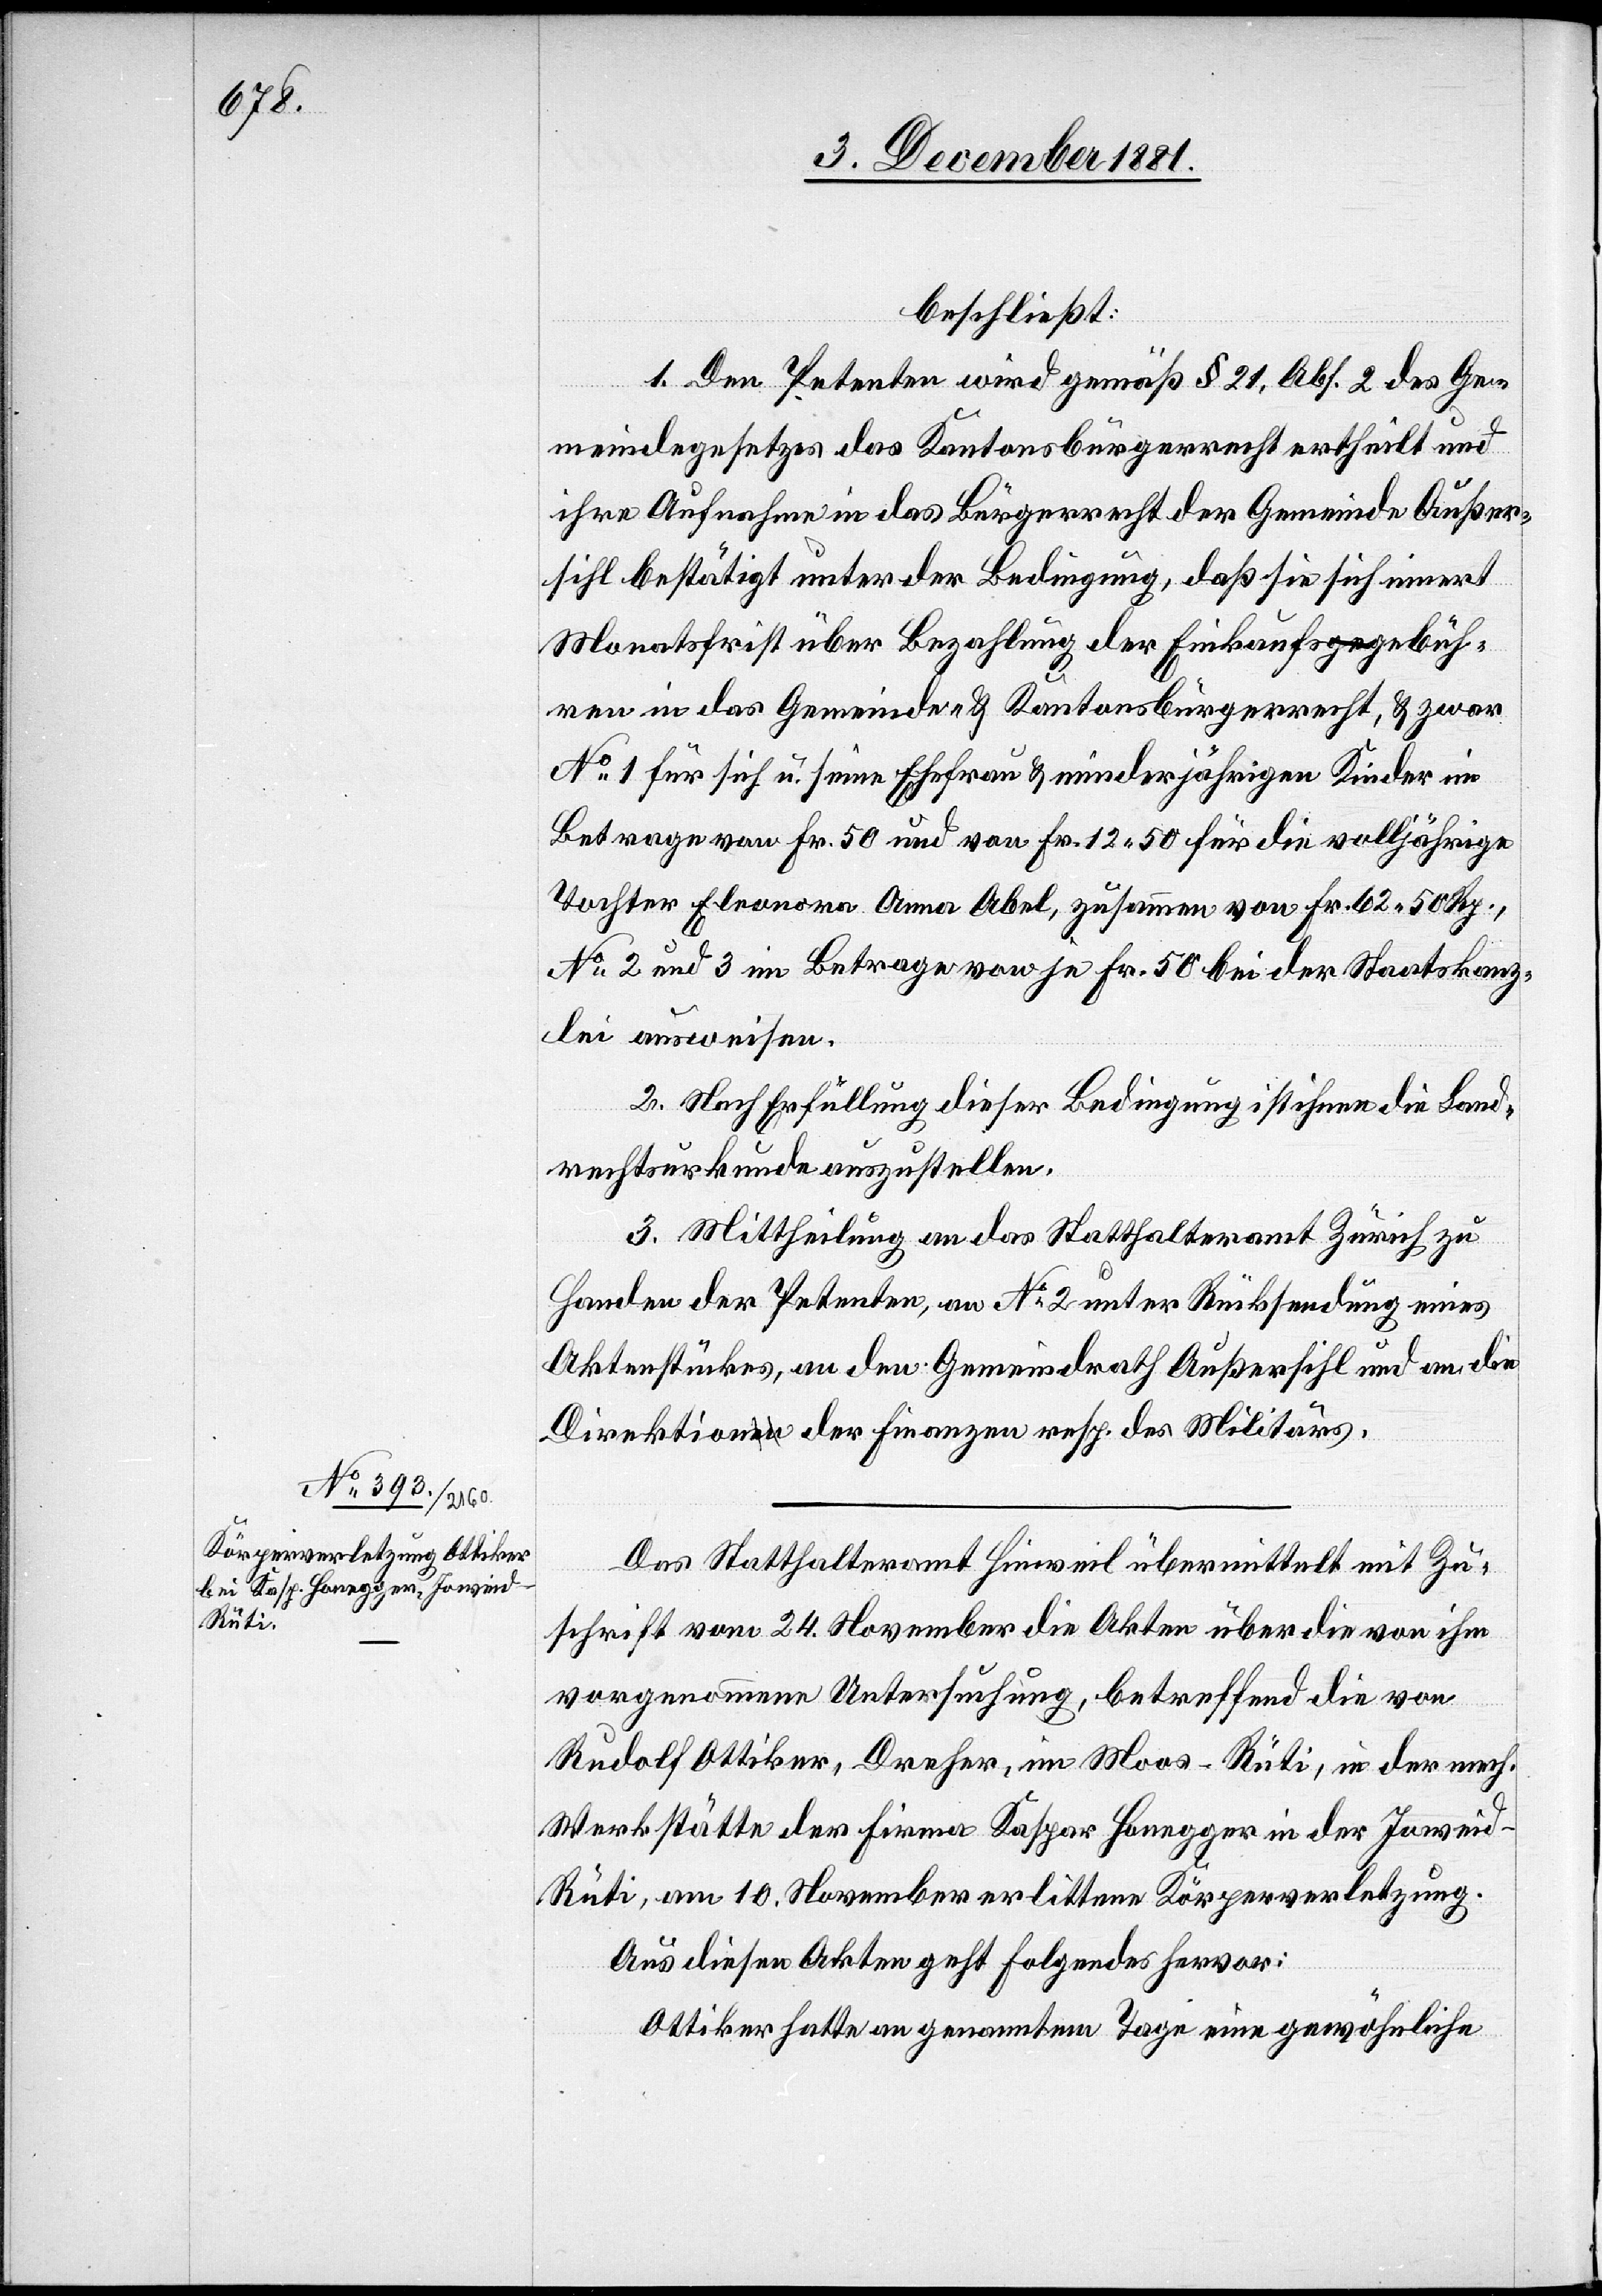
beschließt:
I. Den Petenten wird gemäß § 21, Abs. 2 des Ge¬
meindegesetzes das Kantonsbürgerrecht ertheilt und
ihre Aufnahme in das Bürgerrecht der Gemeinde Außer¬
sihl bestätigt unter der Bedingung, daß sie sich innert
Monatsfrist über Bezahlung der Einkaufsgebüh¬
ren in das Gemeinde- & Kantonsbürgerrecht, & zwar
No 1 für sich u. seine Ehefrau & minderjährigen Kinder im
Betrage von Fr. 50 und von Fr. 12 50 für die volljährige
Tochter Eleonora Anna Abel, zusammen von Fr. 62 50 Rp.,
No 2 und 3 im Betrage von je Fr. 50 bei der Staatskanz¬
lei ausweisen.
II. Nach Erfüllung dieser Bedingung ist ihnen die Land¬
rechtsurkunde auszustellen.
III. Mittheilung an das Statthalteramt Zürich zu
Handen der Petenten, an No 2 unter Rücksendung eines
Aktenstückes, an den Gemeindrath Außersihl und die
Direktion der Finanzen resp. des Militärs.
Das Statthalteramt Hinweil übermittelt mit Zu¬
schrift vom 24. November die Akten über die von ihm
vorgenommene Untersuchung, betreffend die von
Rudolf Ottiker, Dreher, im Moos - Rüti, in der mech.
Werkstätte der Firma Kaspar Honegger in der Joweid
Rüti, am 10. November erlittene Körperverletzung.
Aus diesen Akten geht Folgendes hervor:
Ottiker hatte an genanntem Tage eine gewöhnliche